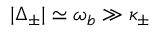
| { \Delta } _ { \pm } | \simeq \omega _ { b } \gg \kappa _ { \pm }